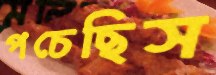
পচেছিস